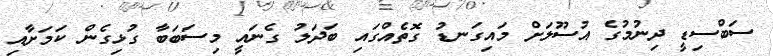
ސަބްސިޑީ ދިނުމުގެ އުސޫލަށް މައިގަނޑު ގޮތެއްގައި ބަދަލު ގެނައީ މިސަބަބާ ގުޅިގެން ކަމަށާއި